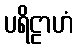
ပရိဠာဟံ